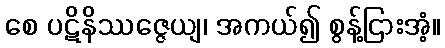
စေ ပဋိနိဿဇ္ဇေယျ၊ အကယ်၍ စွန့်ငြားအံ့။